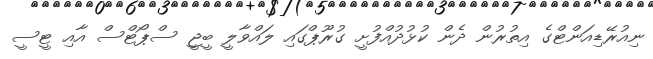
ނިއުރޭޑިއަންޓްގެ އިތުރުން ދެން ކުޅުދުއްފުށީ ގުރޫޕްގައި ލައްވާލީ ބީޖީ ސްޕޯޓްސް އާއި ޓީސީ